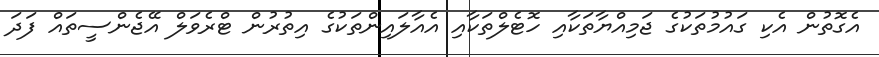
އެގޮތުން އެކި ގައުމުތަކުގެ ޖަމިއްޔާތަކާއި ހޮޓެލްތަކާއި އެއާލައިންތަކުގެ އިތުރުން ޓްރެވަލް އޭޖެންސީތައް ފަދަ